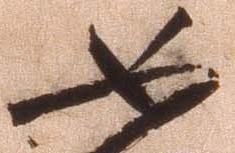
如